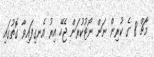
މާޗް 8 ގެ ކުރިން ނަން ނޯޓުކުރަން ޖެހޭ އިރު އެނގިފައިވާ ގޮތުގައި